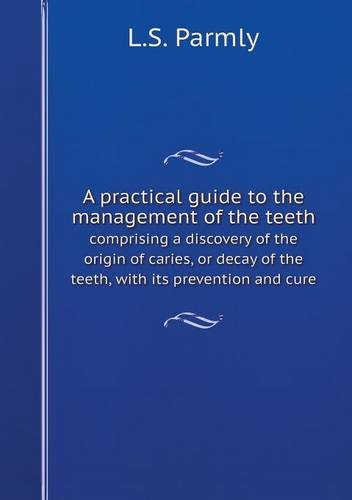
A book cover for A practical guide to the management of the teeth comprising a discovery of the origin of caries, or decay of the teeth, with its prevention and cure; L.S. Parmly; Medical Books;